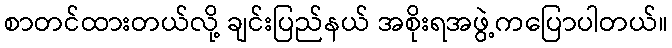
စာတင်ထားတယ်လို့ ချင်းပြည်နယ် အစိုးရအဖွဲ့ကပြောပါတယ်။